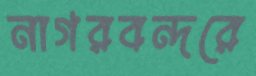
নাগরবন্দরে